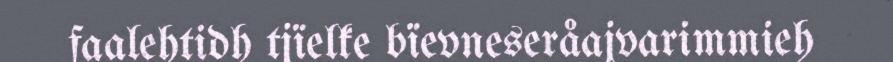
faalehtidh tjïelke bïevneseråajvarimmieh